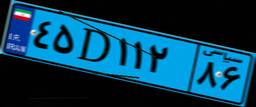
۴۵D۱۱۲۸۶